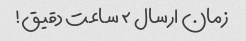
زمان ارسال ۲ ساعت دقیق!